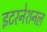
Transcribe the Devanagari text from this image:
इटरनेशनल